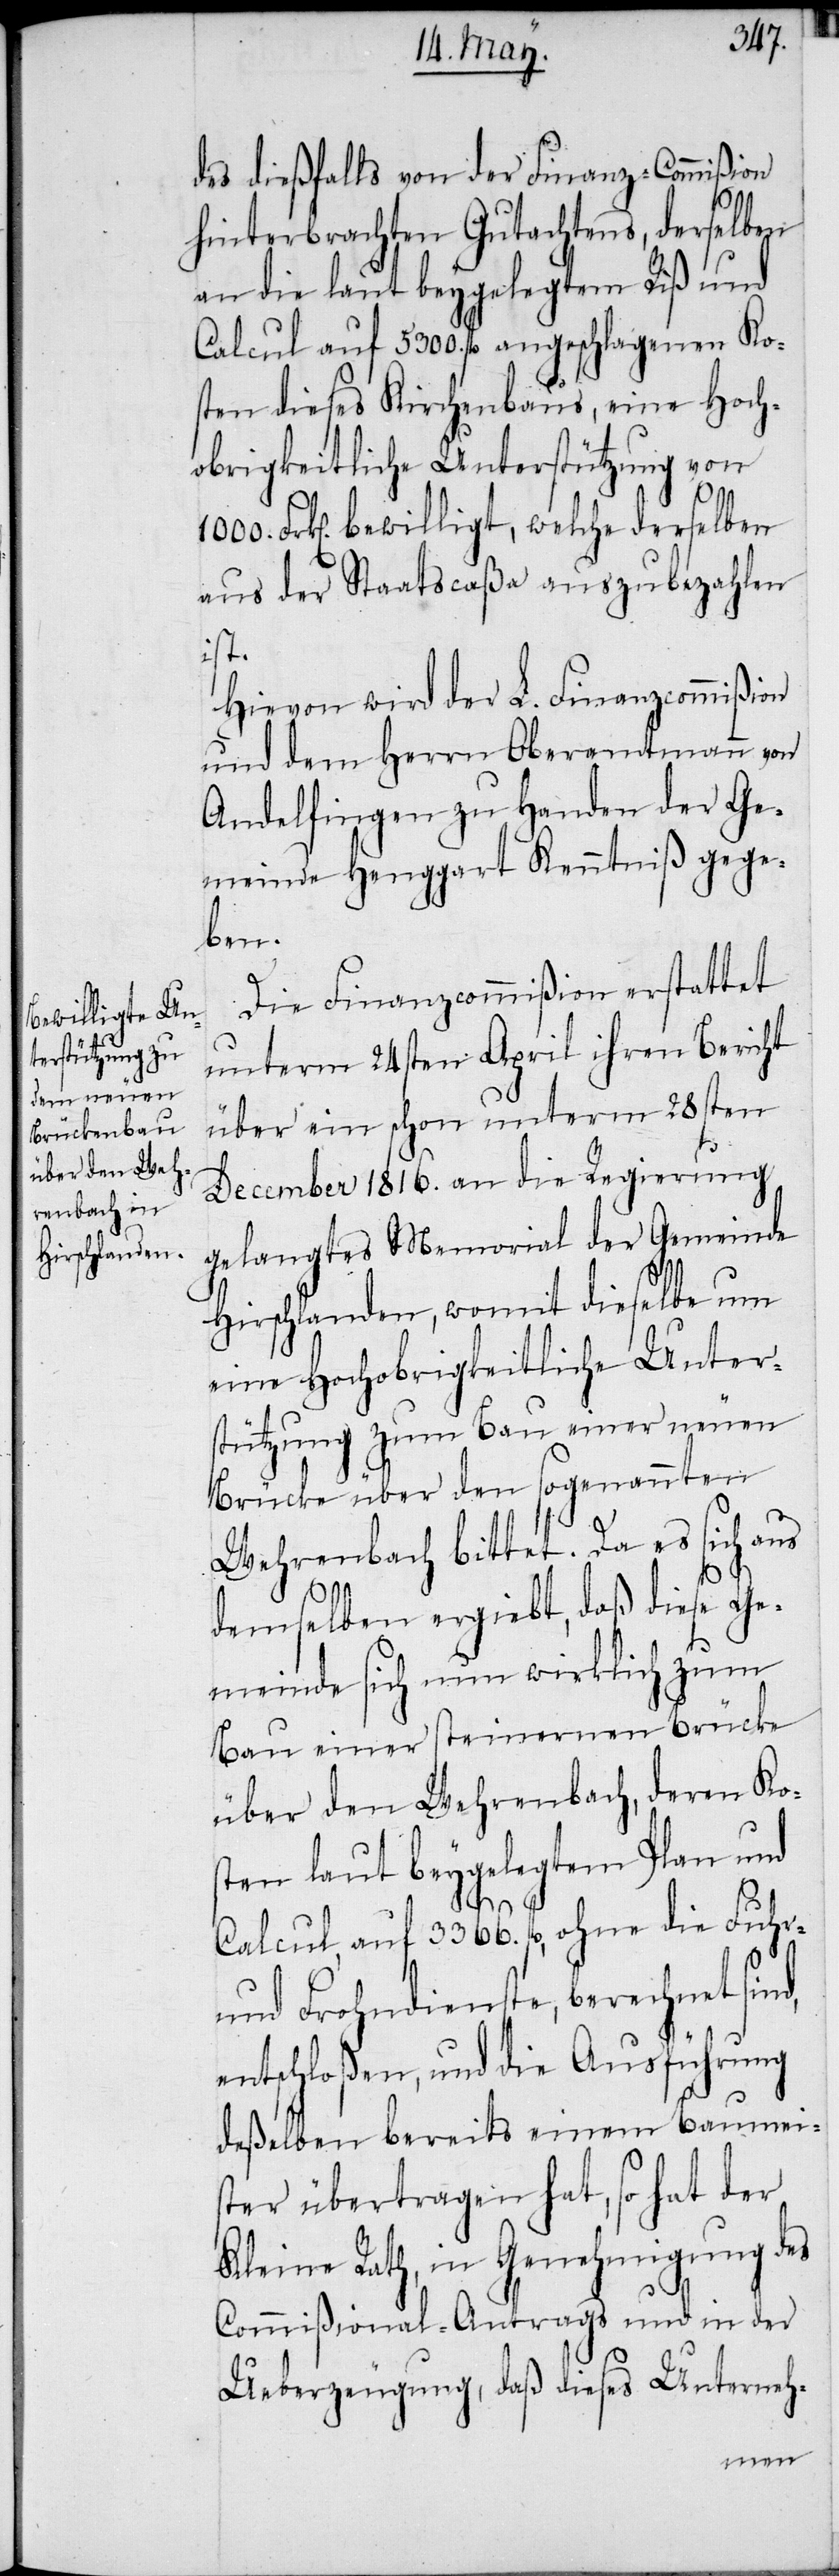
des dießfalls von der Finanz-Commißion
hinterbrachten Gutachtens, derselben
an die laut beygelegtem Riß und
Calcul auf 5300. fl angeschlagenen Ko¬
sten dieses Kirchenbaus, eine Hoch¬
obrigkeitliche Unterstützung von
1000. Frk[en]. bewilligt, welche derselben
aus der Staatscaßa auszubezahlen
ist.
Hievon wird der L. Finanzcommißion
und dem Herrn Oberamtmann von
Andelfingen zu Handen der Ge¬
meinde Henggart Kenntniß gege¬
ben.
Die Finanzcommißion erstattet
unterm 24sten April ihren Bericht
über ein schon unterm 28sten
December 1816. an die Regierung
gelangtes Memorial der Gemeinde
Hirschlanden, womit dieselbe um
eine Hochobrigkeitliche Unter¬
stützung zum Bau einer neuen
Brücke über den sogenannten
Wehrenbach bittet. Da es sich aus
demselben ergiebt, daß diese Ge¬
meinde sich nun wirklich zum
Bau einer steinernen Brücke
über den Wehrenbach, deren Kos¬
ten laut beygelegtem Plan und
Calcul, auf 3366. fl, ohne die Fuhr-
und Frohndienste, berechnet sind,
entschloßen, und die Ausführung
deßelben bereits einem Baumei¬
ster übertragen hat, so hat der
Kleine Rath, in Genehmigung des
Commißional-Antrags und in der
Ueberzeugung, daß dieses Unterneh-